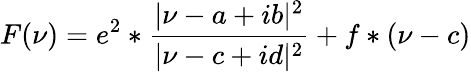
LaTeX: F(\nu)=e^{2}*\frac{|\nu-a+ib|^{2}}{|\nu-c+id|^{2}}+f*(\nu-c)